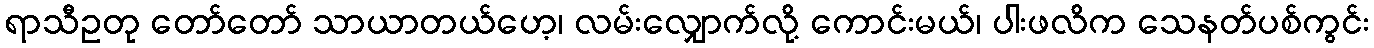
ရာသီဥတု တော်တော် သာယာတယ်ဟေ့၊ လမ်းလျှောက်လို့ ကောင်းမယ်၊ ပါးဖလိက သေနတ်ပစ်ကွင်း